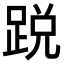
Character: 𨁑